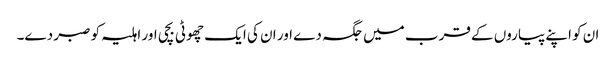
ان کو اپنے پیاروں کے قرب میں جگہ دے اور ان کی ایک چھوٹی بچی اور اہلیہ کو صبر دے۔